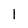
Character: I